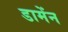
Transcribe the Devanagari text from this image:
डामेंन